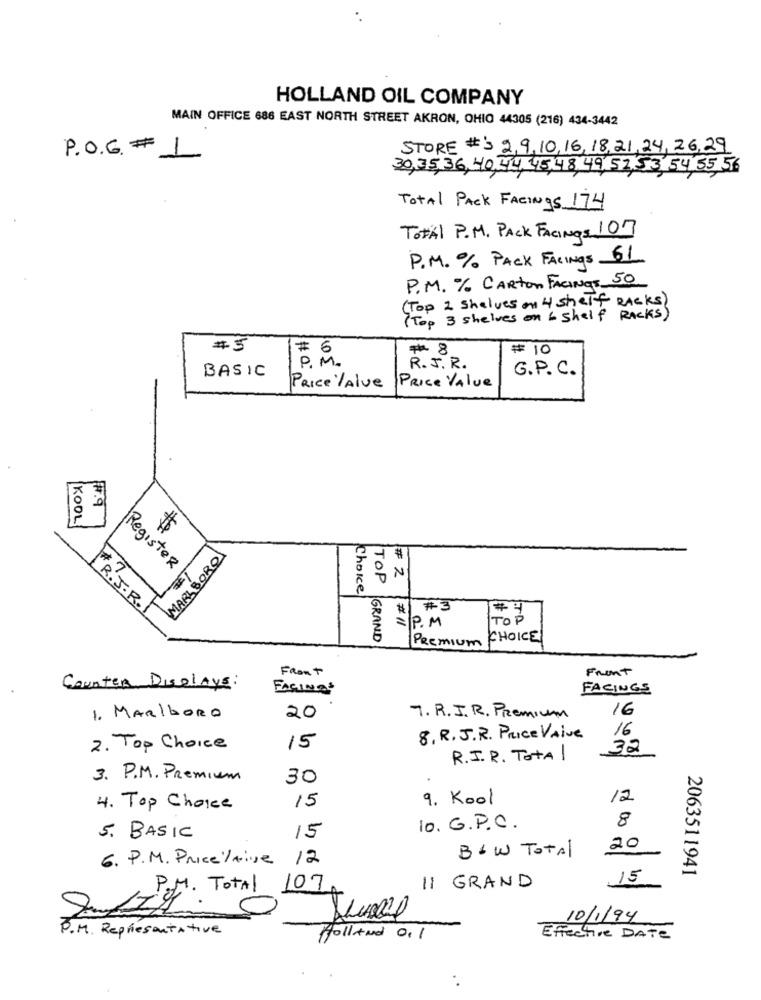
HOLLAND OIL COMPANY
MAIN OFFICE 686 EAST NORTH STREET AKRON, OHIO 44305 (216) 434-3442
STORE #'S 2,9,10,16, 18,21,24, 26,29
P.O.G. # 1
30,35,36, 40, 44, 45,48, 49,51,53 54 55 56
Total PACK FACings 174
Total P.M. PACK FACINGS 107
P.M. % PACK FACINGS 61
P.M. % CARTON FACINGS 50
(Top 2 Shelves on 4 shelf RACKS )
( Top 3 shelves on & shelf RACKS)
#5
# 6
# 8
# 10
P. M .
BASIC
R. J. R.
G.P. C.
PRICE /Alve
PRICE Value
#7.9
KOOL
#
MARLBORO
#
Register
N
# 7.
TOP
Choice
" R. J. R.
#3
# 4
P. M
#11
TOP
GRAND
CHOICE
Premium
Front
Front
Counter Displays:
FACINGS
FACINGS
16
1. MARIboRO
20
7. R.I. R. Premium
16
8. R.J.R. Price VAive
2. Top Choice
15
32
R.I. R. Total
3. P.M. Premium
30
9. Kool
12
4. Top Choice
15
8
IO. G.P.C.
5. BASIC
15
B& W TOTAL
20
6. P. M. Price /drive 12
2063511941
15
P.M. Total 107
11 GRAND
10/1/94
P.M. Représentative
Holland 0. 1
Effective DATE